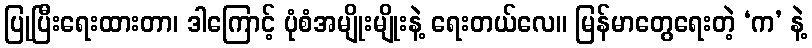
ပြုပြီးရေးထားတာ၊ ဒါကြောင့် ပုံစံအမျိုးမျိုးနဲ့ ရေးတယ်လေ။ မြန်မာတွေရေးတဲ့ ‘က’ နဲ့